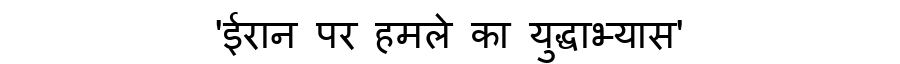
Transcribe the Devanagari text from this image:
'ईरान पर हमले का युद्धाभ्यास'